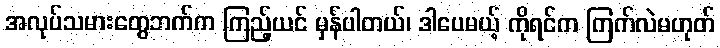
အလုပ်သမားတွေဘက်က ကြည့်ယင် မှန်ပါတယ်၊ ဒါပေမယ့် ကိုရင်က ကြက်လဲမဟုတ်